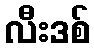
လီးဒစ်